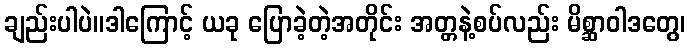
ချည်းပါပဲ။ဒါကြောင့် ယခု ပြောခဲ့တဲ့အတိုင်း အတ္တနဲ့စပ်လည်း မိစ္ဆာဝါဒတွေ၊